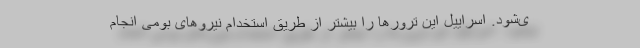
ی‌شود. اسراییل این ترورها را بیشتر از طریق استخدام نیروهای بومی انجام